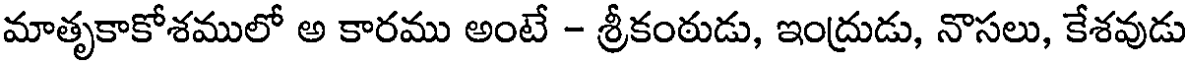
మాతృకాకోశములో అ కారము అంటే - శ్రీకంఠుడు, ఇంద్రుడు, నొసలు, కేశవుడు